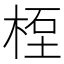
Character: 𥒯